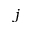
j